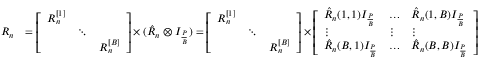
\begin{array} { r l } { R _ { n } } & { = \left[ \begin{array} { l l l } { R _ { n } ^ { [ 1 ] } } & & \\ & { \ddots } & \\ & & { R _ { n } ^ { [ B ] } } \end{array} \right] \times ( \hat { R } _ { n } \otimes I _ { \frac { P } { B } } ) = \left[ \begin{array} { l l l } { R _ { n } ^ { [ 1 ] } } & & \\ & { \ddots } & \\ & & { R _ { n } ^ { [ B ] } } \end{array} \right] \times \left[ \begin{array} { l l l } { \hat { R } _ { n } ( 1 , 1 ) I _ { \frac { P } { B } } } & { \dotsc } & { \hat { R } _ { n } ( 1 , B ) I _ { \frac { P } { B } } } \\ { \vdots } & { \vdots } & { \vdots } \\ { \hat { R } _ { n } ( B , 1 ) I _ { \frac { P } { B } } } & { \dotsc } & { \hat { R } _ { n } ( B , B ) I _ { \frac { P } { B } } } \end{array} \right] } \end{array}